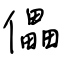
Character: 儡